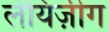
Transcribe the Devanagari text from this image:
लेयिज़ीग